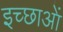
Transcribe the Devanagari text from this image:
इच्छाआें